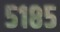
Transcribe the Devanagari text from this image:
५१८५